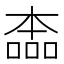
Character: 㮺